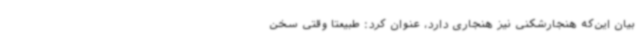
بیان این‌که هنجارشکنی نیز هنجاری دارد، عنوان کرد: طبیعتاً وقتی سخن